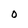
Character: O